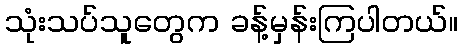
သုံးသပ်သူတွေက ခန့်မှန်းကြပါတယ်။